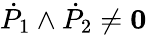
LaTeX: {\dot{P}}_{1}\wedge{\dot{P}}_{2}\not={\mathbf 0}